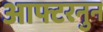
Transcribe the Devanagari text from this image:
आफ्टरनुन